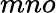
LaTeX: mno